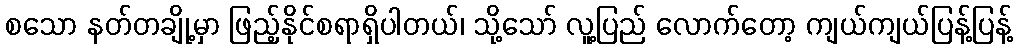
စသော နတ်တချို့မှာ ဖြည့်နိုင်စရာရှိပါတယ်၊ သို့သော် လူ့ပြည် လောက်တော့ ကျယ်ကျယ်ပြန့်ပြန့်